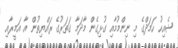
ޝެއިހު ހަމަދްގެ މި ނިންމުމާއި ގުޅިގެން މާދަމާ ގަތަރުގެ ރައްޔިތުން އާ އަމީރާއި